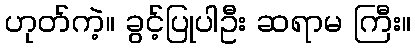
ဟုတ်ကဲ့။ ခွင့်ပြုပါဦး ဆရာမ ကြီး။